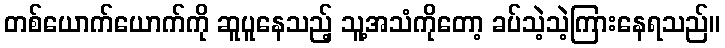
တစ်ယောက်ယောက်ကို ဆူပူနေသည့် သူ့အသံကိုတော့ ခပ်သဲ့သဲ့ကြားနေရသည်။